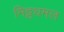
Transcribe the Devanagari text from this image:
मिट्टधमल